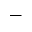
\_